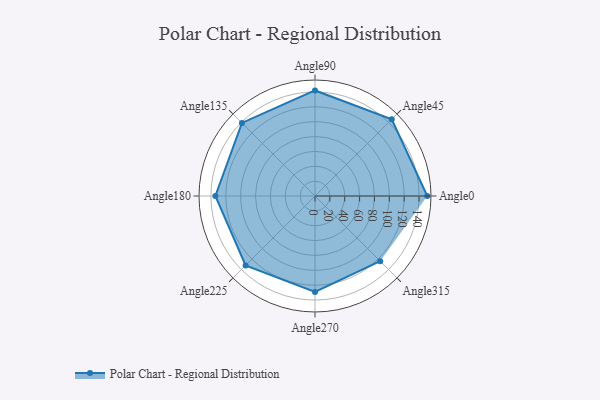
{"axis": {"x": "Angle", "y": "Radius"}, "legend": [""], "data": [{"x": "Angle0", "y": 151.0, "type": ""}, {"x": "Angle45", "y": 146.0, "type": ""}, {"x": "Angle90", "y": 142.0, "type": ""}, {"x": "Angle135", "y": 139.0, "type": ""}, {"x": "Angle180", "y": 134.0, "type": ""}, {"x": "Angle225", "y": 132.0, "type": ""}, {"x": "Angle270", "y": 129.0, "type": ""}, {"x": "Angle315", "y": 124.0, "type": ""}]}